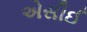
એસીઈ